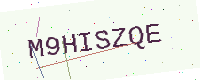
Text: M9HISZQE